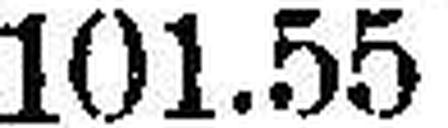
101.55